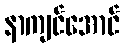
နာကျင်အောင်